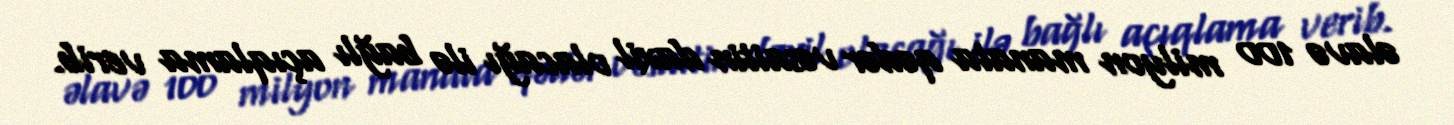
əlavə 100 milyon manata qədər vəsaitin daxil olacağı ilə bağlı açıqlama verib.